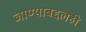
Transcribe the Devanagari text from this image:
जाण्याबद्दलही